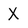
Character: X